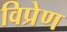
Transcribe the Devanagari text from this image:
विप्रेण